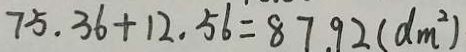
7 5 . 3 6 + 1 2 . 5 6 = 8 7 . 9 2 ( d m ^ { 2 } )